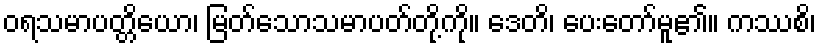
ဝရသမာပတ္တိယော၊ မြတ်သောသမာပတ်တို့ကို။ ဒေတိ၊ ပေးတော်မူ၏။ ကဿစိ၊